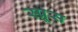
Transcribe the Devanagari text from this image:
स्‍प्रूस